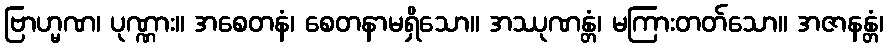
ဗြာဟ္မဏ၊ ပုဏ္ဏား။ အစေတနံ၊ စေတနာမရှိသော။ အဿုဏန္တံ၊ မကြားတတ်သော။ အဇာနန္တံ၊